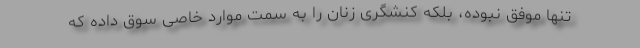
تنها موفق نبوده، بلکه کنشگری زنان را به سمت موارد خاصی سوق داده که